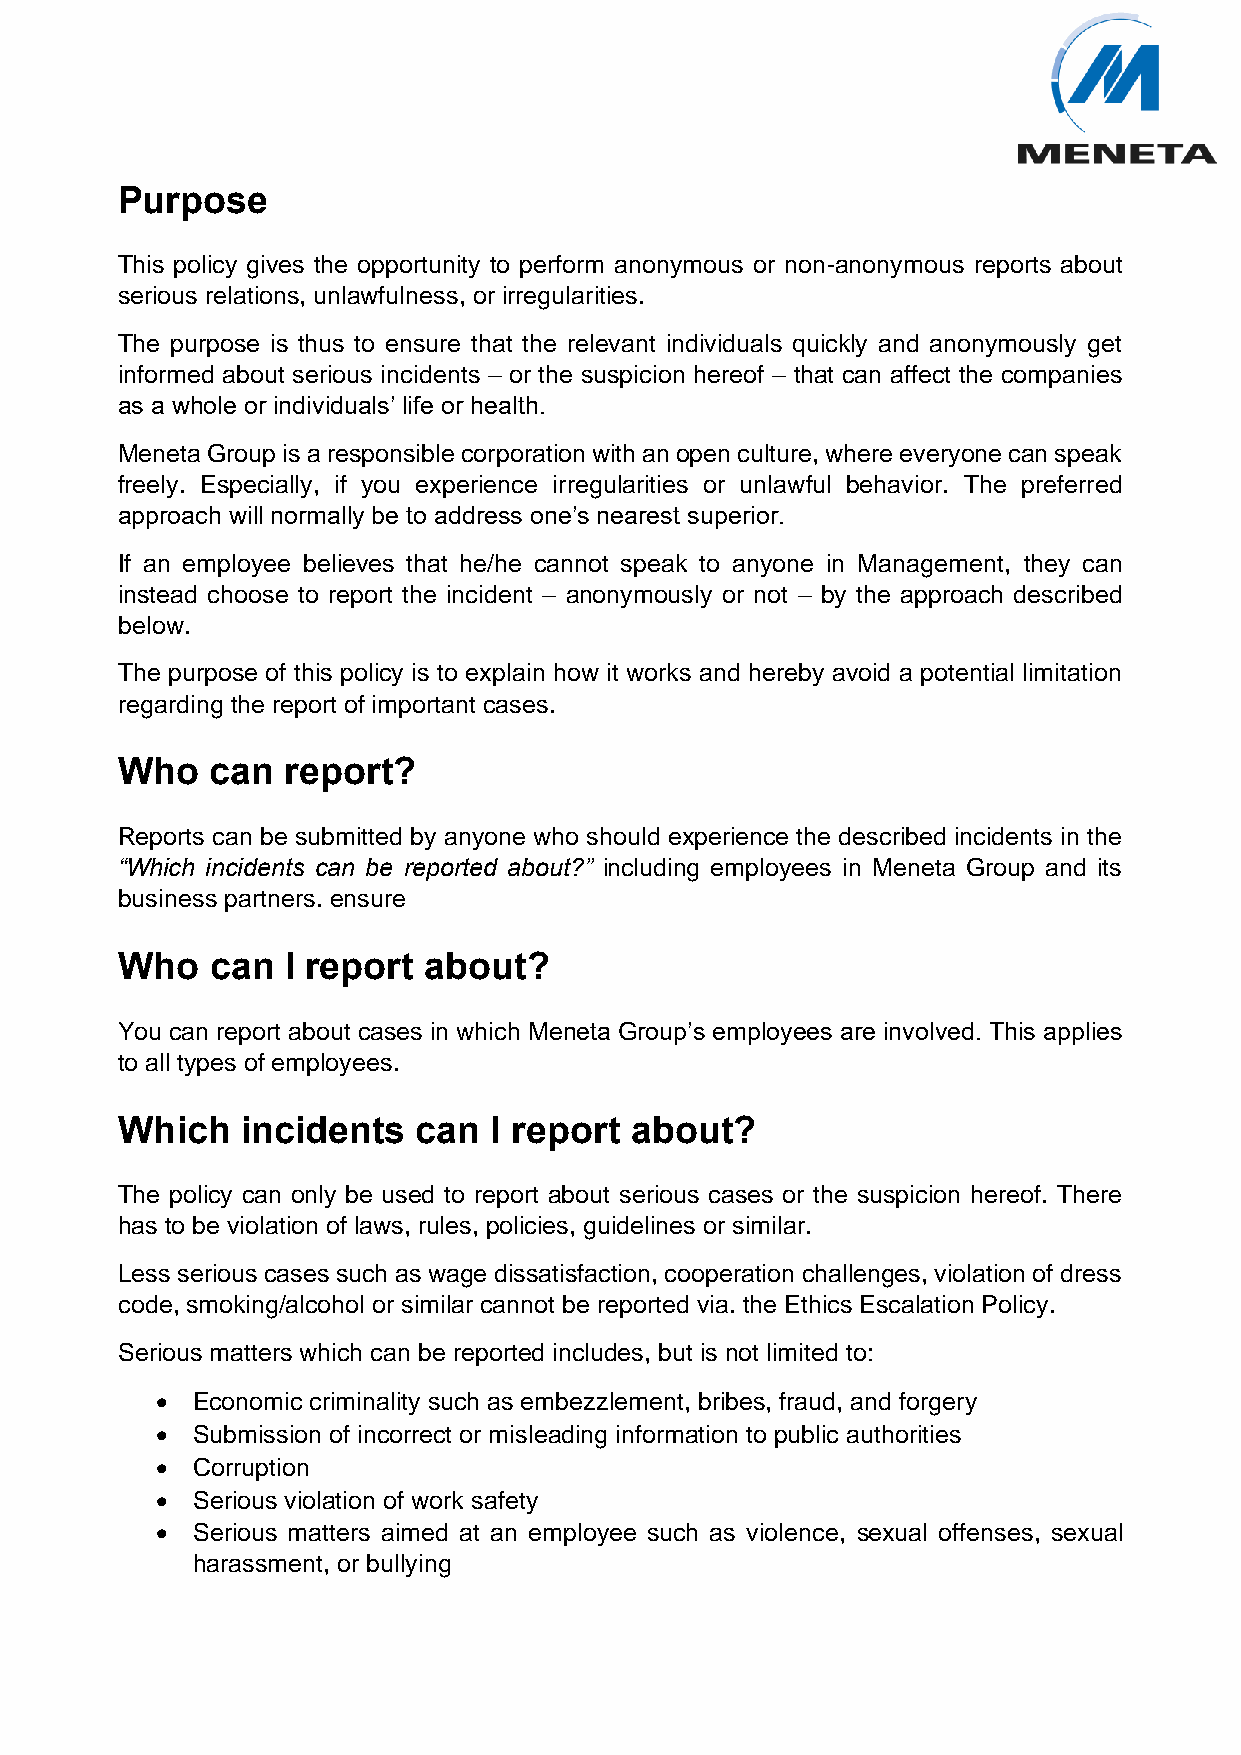
Purpose
 This policy gives the opportunity to perform anonymous or non-anonymous reports about
 serious relations, unlawfulness, or irregularities.
 The purpose is thus to ensure that the relevant individuals quickly and anonymously get
 informed about serious incidents – or the suspicion hereof – that can affect the companies
 as a whole or individuals’ life or health.
 Meneta Group is a responsible corporation with an open culture, where everyone can speak
 freely. Especially, if you experience irregularities or unlawful behavior. The preferred
 approach will normally be to address one’s nearest superior.
 If an employee believes that he/he cannot speak to anyone in Management, they can
 instead choose to report the incident – anonymously or not – by the approach described
 below.
 The purpose of this policy is to explain how it works and hereby avoid a potential limitation
 regarding the report of important cases.
 Who   can  report?
 Reports can be submitted by anyone who should experience the described incidents in the
 “Which incidents can be reported about?” including employees in Meneta Group and its
 business partners. ensure
 Who   can  I report about?
 You can report about cases in which Meneta Group’s employees are involved. This applies
 to all types of employees.
 Which   incidents   can  I report about?
 The policy can only be used to report about serious cases or the suspicion hereof. There
 has to be violation of laws, rules, policies, guidelines or similar.
 Less serious cases such as wage dissatisfaction, cooperation challenges, violation of dress
 code, smoking/alcohol or similar cannot be reported via. the Ethics Escalation Policy.
 Serious matters which can be reported includes, but is not limited to:
 •  Economic criminality such as embezzlement, bribes, fraud, and forgery
 •  Submission of incorrect or misleading information to public authorities
 •  Corruption
 •  Serious violation of work safety
 •  Serious matters aimed at an employee such as violence, sexual offenses, sexual
 harassment, or bullying